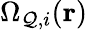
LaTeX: \Omega_{\mathcal{Q},i}(\mathbf{{r}})